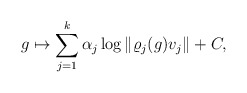
\begin{align*} g\mapsto\sum_{j=1}^k \alpha_j \log \|\varrho_j(g)v_j\| + C, \end{align*}